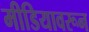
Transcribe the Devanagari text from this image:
मीडियावरून